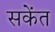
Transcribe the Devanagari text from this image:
सकेंत